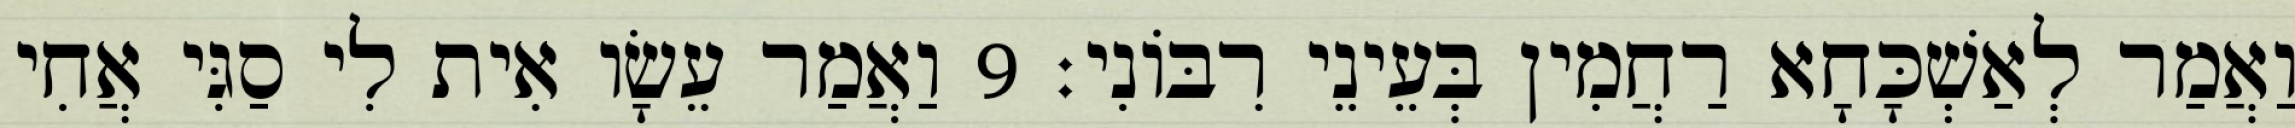
וַאֲמַר לְאַשְׁכָּחָא רַחֲמִין בְּעֵינֵי רִבּוֹנִי׃ 9 וַאֲמַר עֵשָׂו אִית לִי סַגִּי אֲחִי